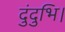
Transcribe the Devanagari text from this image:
दुंदुभि।